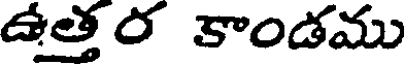
ఉత్తర కాండము